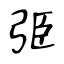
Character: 弫